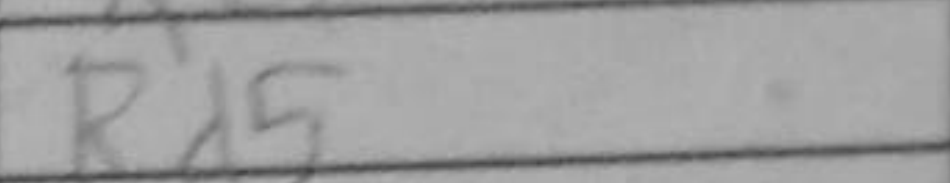
Transcription: Rd5